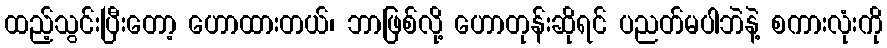
ထည့်သွင်းပြီးတော့ ဟောထားတယ်၊ ဘာဖြစ်လို့ ဟောတုန်းဆိုရင် ပညတ်မပါဘဲနဲ့ စကားလုံးကို